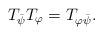
LaTeX: \begin{align*}T_{\bar{\psi}}T_{\varphi}=T_{\varphi\bar{\psi}}.\end{align*}